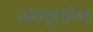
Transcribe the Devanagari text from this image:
जयसुर्याला